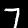
Label: 7